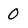
Character: 0